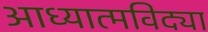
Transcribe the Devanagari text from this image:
आध्यात्मविद्या